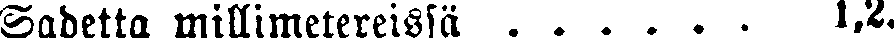
Sadetta millimetereissä . . . . . . 1,2.